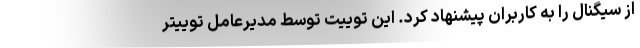
از سیگنال را به کاربران پیشنهاد کرد. این توییت توسط مدیرعامل توییتر